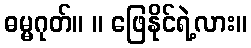
ဓမ္မဂုတ်။ ။ ဖြေနိုင်ရဲ့လား။